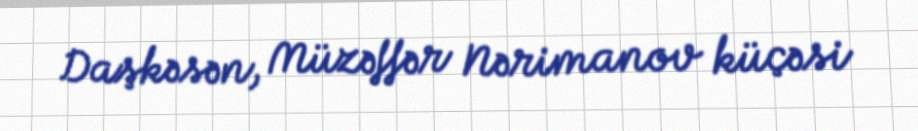
Daşkəsən, Müzəffər Nərimanov küçəsi